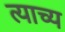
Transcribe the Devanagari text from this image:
त्याच्य